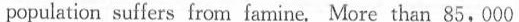
population suffers from fa mine. More than 85, 000